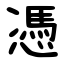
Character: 憑